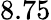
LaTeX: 8.75